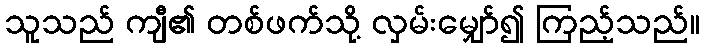
သူသည် ကျီ၏ တစ်ဖက်သို့ လှမ်းမျှော်၍ ကြည့်သည်။